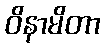
ဝိနာမိတာ